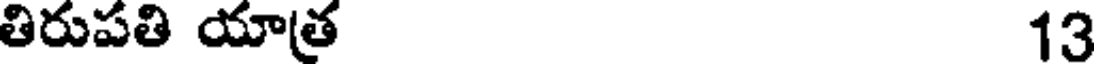
తిరుపతి యాత్ర 13